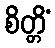
စိတ္တိံ